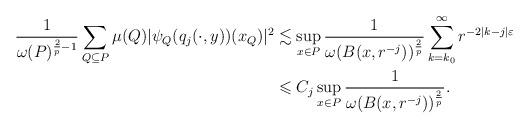
LaTeX: \begin{align*} \frac1{\omega(P)^{\frac2p-1}}\sum\limits_{Q\subseteq P} \mu(Q) |\psi_Q(q_{j}(\cdot,y))(x_Q)|^2 &\lesssim \sup_{x\in P}\frac 1{\omega(B(x,r^{-j}))^{\frac2p}}\sum\limits_{k=k_0}^{\infty } r^{-2|k-j|\varepsilon}\\ &\leqslant C_j \sup_{x\in P}\frac 1{\omega(B(x,r^{-j}))^{\frac2p}}. \end{align*}